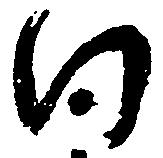
向